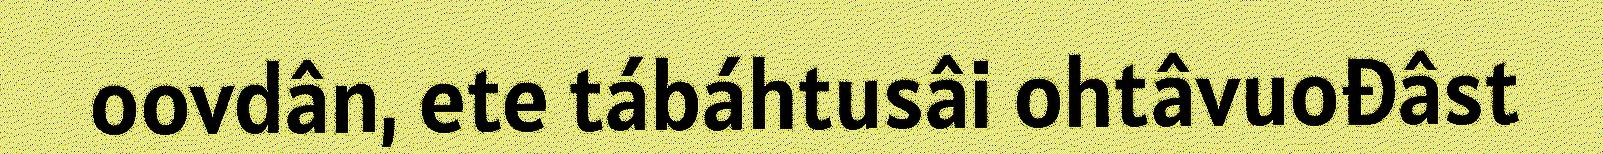
oovdân, ete tábáhtusâi ohtâvuođâst